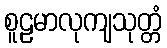
စူဠမာလုကျသုတ္တံ